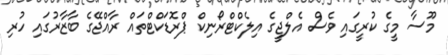
މޫސާ މީގެ ކުރީގައި ވެސް އެލްޖީގެ އިލެކްޓްރޯނިކް ޕްރޮޑަކްޓްތައް ރާއްޖޭގެ ބާޒާރުގައި ހުރި